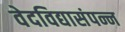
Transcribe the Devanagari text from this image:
वेदविद्यासंपन्न